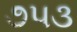
૭૫૩